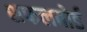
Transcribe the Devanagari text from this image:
शफलबोर्ड